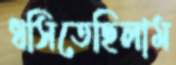
ধসিতেছিলাম